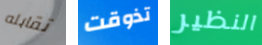
تقابله تذوقت النظير